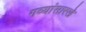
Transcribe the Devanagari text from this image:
गव्यांसारखे